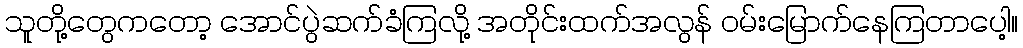
သူတို့တွေကတော့ အောင်ပွဲဆက်ခံကြလို့ အတိုင်းထက်အလွန် ဝမ်းမြောက်နေကြတာပေါ့။